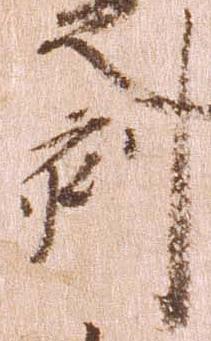
刻